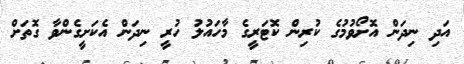
އަދި ނިދަން އޮށޯވުމުގެ ކުރިން ކޮޓަރީގެ މާހައުލު ހުރީ ނިދަން އެކަށީގެންވާ ގޮތަށް